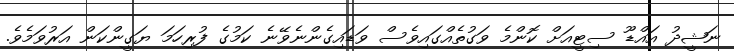
ނަޝީދު އައްޑޫ ސިޓީއަށް ކޮންމެ ވަގުތެއްގައިވެސް ވަޑައިގެންނެވޭނެ ކަމުގެ ފުރިހަމަ ޔަގީންކަން އަރުވަމެވެ.